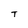
Character: T